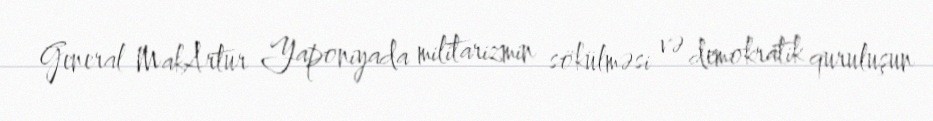
General MakArtur Yaponiyada militarizmin sökülməsi və demokratik quruluşun